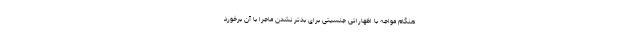
هنگام مواجه با اظهاراتی جنسیتی برای بدتر نشدن ماجرا با آن برخورد